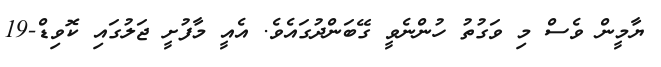
ޔާމީން ވެސް މި ވަގުތު ހުންނެވީ ގޭބަންދުގައެވެ. އެއީ މާފުށީ ޖަލުގައި ކޮވިޑް-19